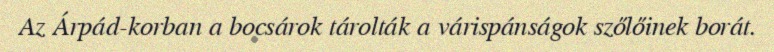
Az Árpád-korban a bocsárok tárolták a várispánságok szőlőinek borát.